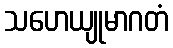
သဟေယျုမာဂတံ